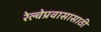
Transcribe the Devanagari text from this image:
रेल्वेप्रवासासाठी